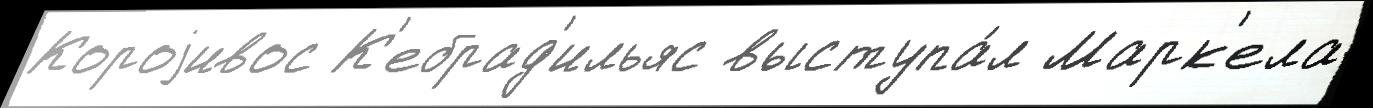
Короjивос К'ебрад'ильяс выступа́л Марк'ела